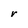
Character: r